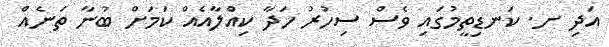
އަދި ށ. ކަނޑިތީމުގައި ވެސް ސިހުރު ހަދާ ކިއްލާއެއް ކަމަށް ބުނާ ތަނެއް